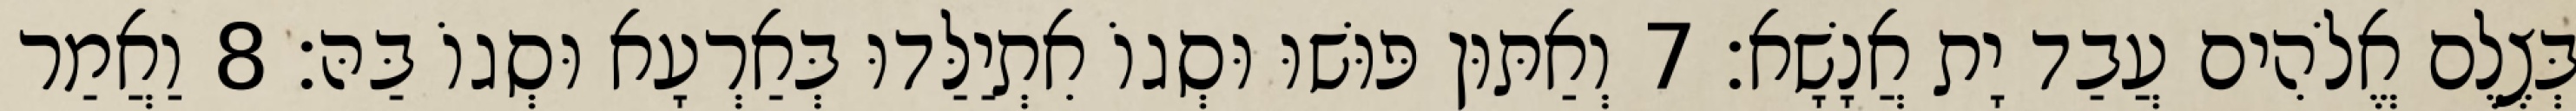
בְּצֶלֶם אֱלֹהִים עֲבַד יָת אֲנָשָׁא׃ 7 וְאַתּוּן פּוּשׁוּ וּסְגוֹ אִתְיַלַּדוּ בְּאַרְעָא וּסְגוֹ בַּהּ׃ 8 וַאֲמַר